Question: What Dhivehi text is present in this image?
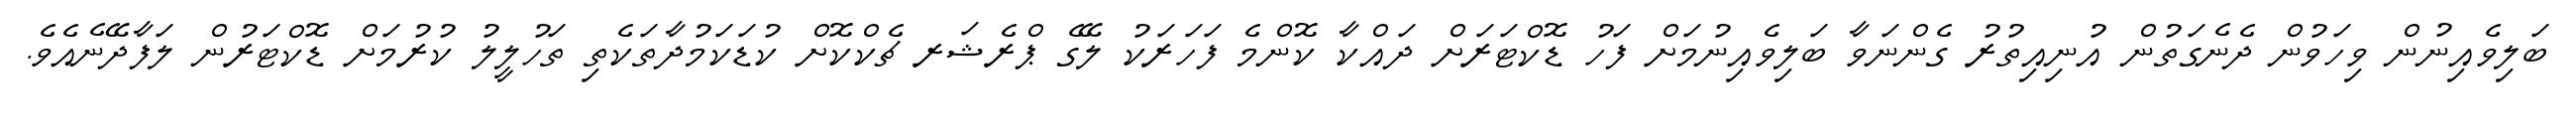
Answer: ބަލިވެއިނުން ވިހަވުން ދެނެގަތުން އުނިއިތުރު ގެންނަވާ ބަލިވެއިނުމަށް ފަހު ޑޮކްޓަރަށް ދައްކާ ކޮންމެ ފަހަރަކު ލޭގެ ޕްރެޝަރ ޗެކްކޮށް ކުޑަކަމުދާތަކެތި ތަހުލީލު ކުރުމަށް ޑޮކްޓަރުން ލަފާދޭނެއެވެ.